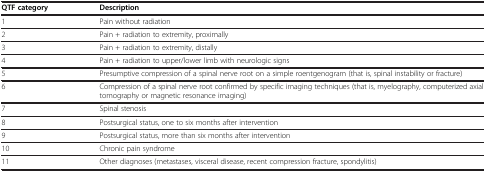
<table><thead><tr><td><b>QTF category</b></td><td><b>Description</b></td></tr></thead><tbody><tr><td>1</td><td>Pain without radiation</td></tr><tr><td>2</td><td>Pain + radiation to extremity, proximally</td></tr><tr><td>3</td><td>Pain + radiation to extremity, distally</td></tr><tr><td>4</td><td>Pain + radiation to upper/lower limb with neurologic signs</td></tr><tr><td>5</td><td>Presumptive compression of a spinal nerve root on a simple roentgenogram (that is, spinal instability or fracture)</td></tr><tr><td>6</td><td>Compression of a spinal nerve root confirmed by specific imaging techniques (that is, myelography, computerized axial tomography or magnetic resonance imaging)</td></tr><tr><td>7</td><td>Spinal stenosis</td></tr><tr><td>8</td><td>Postsurgical status, one to six months after intervention</td></tr><tr><td>9</td><td>Postsurgical status, more than six months after intervention</td></tr><tr><td>10</td><td>Chronic pain syndrome</td></tr><tr><td>11</td><td>Other diagnoses (metastases, visceral disease, recent compression fracture, spondylitis)</td></tr></tbody></table>